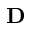
\mathbf { D }